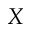
X